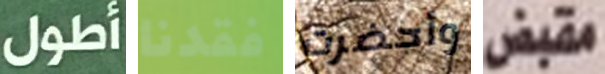
أطول فقدنا وأحضرت مقبض